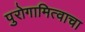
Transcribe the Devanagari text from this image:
पुरोगामित्वाचा